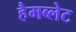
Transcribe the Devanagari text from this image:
हैमब्लेट